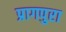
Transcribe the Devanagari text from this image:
प्रागपुरा